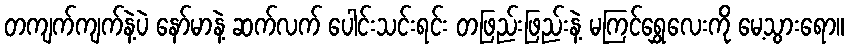
တကျက်ကျက်နဲ့ပဲ နော်မာနဲ့ ဆက်လက် ပေါင်းသင်းရင်း တဖြည်းဖြည်းနဲ့ မကြင်ရွှေလေးကို မေ့သွားရော။